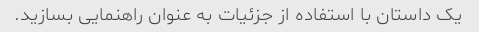
یک داستان با استفاده از جزئیات به عنوان راهنمایی بسازید.